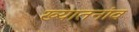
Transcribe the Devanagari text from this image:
ख्यातनांव